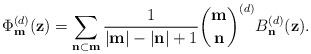
LaTeX: \begin{align*}\Phi _{\mathbf{m}}^{(d)}(\mathbf{z}) = \sum_{\mathbf{n}\subset \mathbf{m}} \frac{1}{|\mathbf{m}|-|\mathbf{n}|+1} \binom{\mathbf{m}}{\mathbf{n}}^{(d)} B_{\mathbf{n}}^{(d)}(\mathbf{z}). \end{align*}